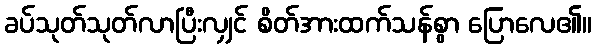
ခပ်သုတ်သုတ်လာပြီးလျှင် စိတ်အားထက်သန်စွာ ပြောလေ၏။